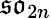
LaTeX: {\mathfrak{so}}_{2n}